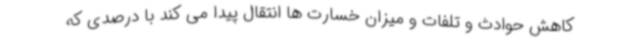
کاهش حوادث و تلفات و میزان خسارت ها انتقال پیدا می کند با درصدی که